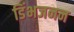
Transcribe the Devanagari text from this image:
डिंभजनन